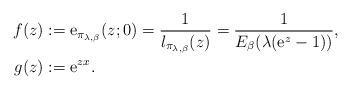
LaTeX: \begin{align*}f(z) & :=\mathrm{e}_{\pi_{\lambda,\beta}}(z;0)=\frac{1}{l_{\pi_{\lambda,\beta}}(z)}=\frac{1}{E_{\beta}(\lambda(\mathrm{e}^{z}-1))},\\g(z) & :=\mathrm{\mathrm{e}}^{zx}.\end{align*}